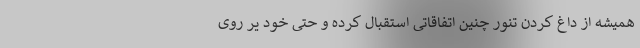
همیشه از داغ کردن تنور چنین اتفاقاتی استقبال کرده و حتی خود یر روی